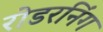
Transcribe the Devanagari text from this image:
रोडरनिंग